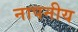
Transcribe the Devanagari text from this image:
नापनीय